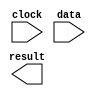
// megafunction wizard: %ALTFP_SQRT%VBB%
// GENERATION: STANDARD
// VERSION: WM1.0
// MODULE: altfp_sqrt 

// ============================================================
// Megafunction Name(s):
// 			altfp_sqrt
//
// Simulation Library Files(s):
// 			lpm
// ============================================================
// ************************************************************
// THIS IS A WIZARD-GENERATED FILE. DO NOT EDIT THIS FILE!
//
// 9.1 Build 222 10/21/2009 SJ Full Version
// ************************************************************

//Copyright (C) 1991-2009 Altera Corporation
//Your use of Altera Corporation's design tools, logic functions 
//and other software and tools, and its AMPP partner logic 
//functions, and any output files from any of the foregoing 
//(including device programming or simulation files), and any 
//associated documentation or information are expressly subject 
//to the terms and conditions of the Altera Program License 
//Subscription Agreement, Altera MegaCore Function License 
//Agreement, or other applicable license agreement, including, 
//without limitation, that your use is for the sole purpose of 
//programming logic devices manufactured by Altera and sold by 
//Altera or its authorized distributors.  Please refer to the 
//applicable agreement for further details.

module aqrt2 (
	clock,
	data,
	result)/* synthesis synthesis_clearbox = 1 */;

	input	  clock;
	input	[31:0]  data;
	output	[31:0]  result;

endmodule

// ============================================================
// CNX file retrieval info
// ============================================================
// Retrieval info: PRIVATE: FPM_FORMAT NUMERIC "0"
// Retrieval info: PRIVATE: INTENDED_DEVICE_FAMILY STRING "Stratix II"
// Retrieval info: PRIVATE: SYNTH_WRAPPER_GEN_POSTFIX STRING "0"
// Retrieval info: LIBRARY: altera_mf altera_mf.altera_mf_components.all
// Retrieval info: CONSTANT: INTENDED_DEVICE_FAMILY STRING "Stratix II"
// Retrieval info: CONSTANT: PIPELINE NUMERIC "28"
// Retrieval info: CONSTANT: ROUNDING STRING "TO_NEAREST"
// Retrieval info: CONSTANT: WIDTH_EXP NUMERIC "8"
// Retrieval info: CONSTANT: WIDTH_MAN NUMERIC "23"
// Retrieval info: USED_PORT: clock 0 0 0 0 INPUT NODEFVAL "clock"
// Retrieval info: USED_PORT: data 0 0 32 0 INPUT NODEFVAL "data[31..0]"
// Retrieval info: USED_PORT: result 0 0 32 0 OUTPUT NODEFVAL "result[31..0]"
// Retrieval info: CONNECT: @data 0 0 32 0 data 0 0 32 0
// Retrieval info: CONNECT: result 0 0 32 0 @result 0 0 32 0
// Retrieval info: CONNECT: @clock 0 0 0 0 clock 0 0 0 0
// Retrieval info: GEN_FILE: TYPE_NORMAL aqrt2.v TRUE
// Retrieval info: GEN_FILE: TYPE_NORMAL aqrt2.inc FALSE
// Retrieval info: GEN_FILE: TYPE_NORMAL aqrt2.cmp FALSE
// Retrieval info: GEN_FILE: TYPE_NORMAL aqrt2.bsf FALSE
// Retrieval info: GEN_FILE: TYPE_NORMAL aqrt2_inst.v FALSE
// Retrieval info: GEN_FILE: TYPE_NORMAL aqrt2_bb.v TRUE
// Retrieval info: LIB_FILE: lpm